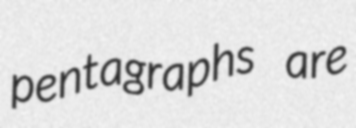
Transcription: pentagraphs are